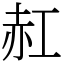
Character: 䞑